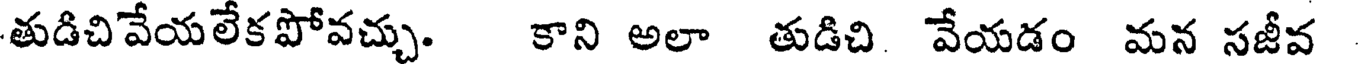
తుడిచివేయలేకపోవచ్చు. కాని అలా తుడిచి వేయడం మన సజీవ